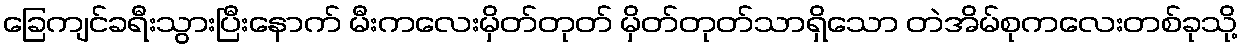
ခြေကျင်ခရီးသွားပြီးနောက် မီးကလေးမှိတ်တုတ် မှိတ်တုတ်သာရှိသော တဲအိမ်စုကလေးတစ်ခုသို့